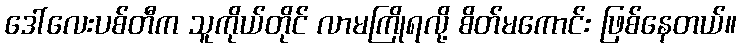
ဒေါ်လေးပစ်တီက သူကိုယ်တိုင် လာမကြိုရလို့ စိတ်မကောင်း ဖြစ်နေတယ်။